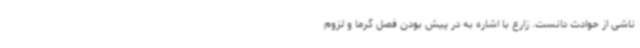
ناشی از حوادث دانست. زارع با اشاره به در پیش بودن فصل گرما و لزوم